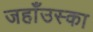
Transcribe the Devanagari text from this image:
जहाँउस्का